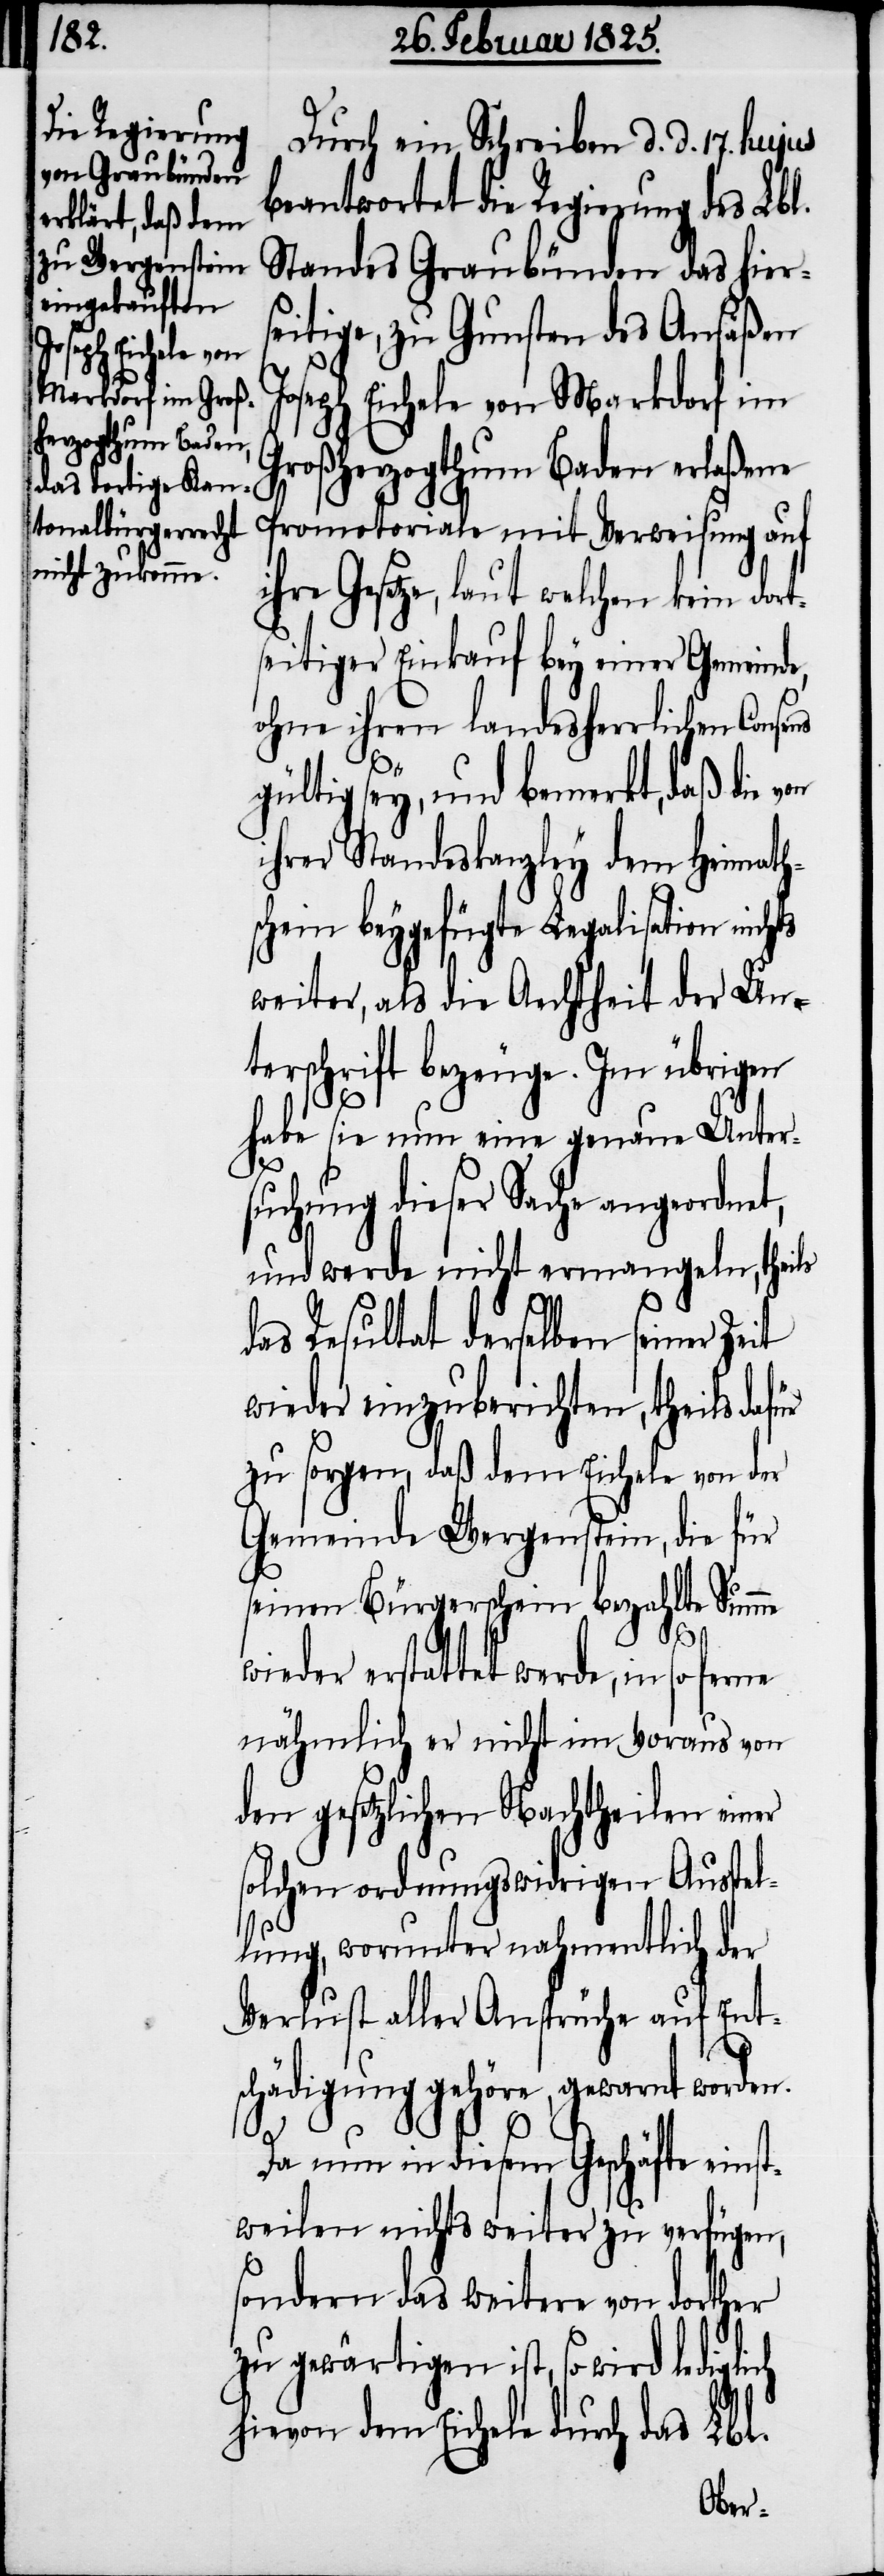
Durch ein Schreiben d. d. 17. hujus
beantwortet die Regierung des Lb¬
Standes Graubünden das hier¬
seitige, zu Gunsten des Ansäßen
Joseph Eichele von Markdorf im
Großherzogthum Baden erlaßene
Promotoriale mit Verweisung auf
ihre Gesetze, laut welchen kein dort¬
seitiger Einkauf bey einer Gemeinde,
ohne ihren landesherrlichen
gültig sey, und bemerkt, daß die
ihrer Standeskanzley dem Heimath¬
schein beygefügte Legalisation nichts
weiter, als die Aechtheit der Un¬
terschrift bezeuge. Im übrigen
habe sie nun eine genaue Unter¬
t,
suchung dieser Sache angeordne¬
und werde nicht ermangeln, theils
das Resultat derselben seiner Zeit
wieder einzuberichten, theils dafür
zu sorgen, daß dem Eichele von der
Gemeinde Wergenstein, die für
seinen Bürgerschein bezahlte Summe
wieder erstattet werde, in
nähmlich er nicht im Voraus von
den gesetzlichen Nachtheilen einer
solchen ordnungswidrigen Ausstel¬
lung, worunter nahmentlich der
Verlust aller Ansprüche auf Ent¬
schädigung gehöre, gewarnt worden.
Da nun in diesem Geschäfte ein¬
stweilen nichts weiter zu verfügen,
sondern das weitere von dorther
zu gewärtigen ist, so wird
hievon dem Eichele durch das Lbl.